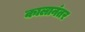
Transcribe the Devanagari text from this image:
कालानंतर